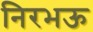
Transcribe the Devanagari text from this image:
निरभऊ